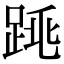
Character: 𨁓